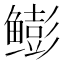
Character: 𫚩